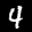
Label: 4